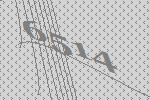
6514